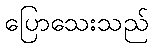
ပြောသေးသည်